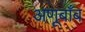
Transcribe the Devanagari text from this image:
अणूबाँब